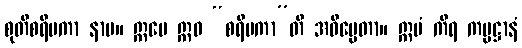
စုတိစရိမကာ နာမ။ ဣမေ ဣဓ “စရိမကာ”တိ အဓိပ္ပေတာ။ ဣမံ ကိရ ကမ္မဋ္ဌာနံ